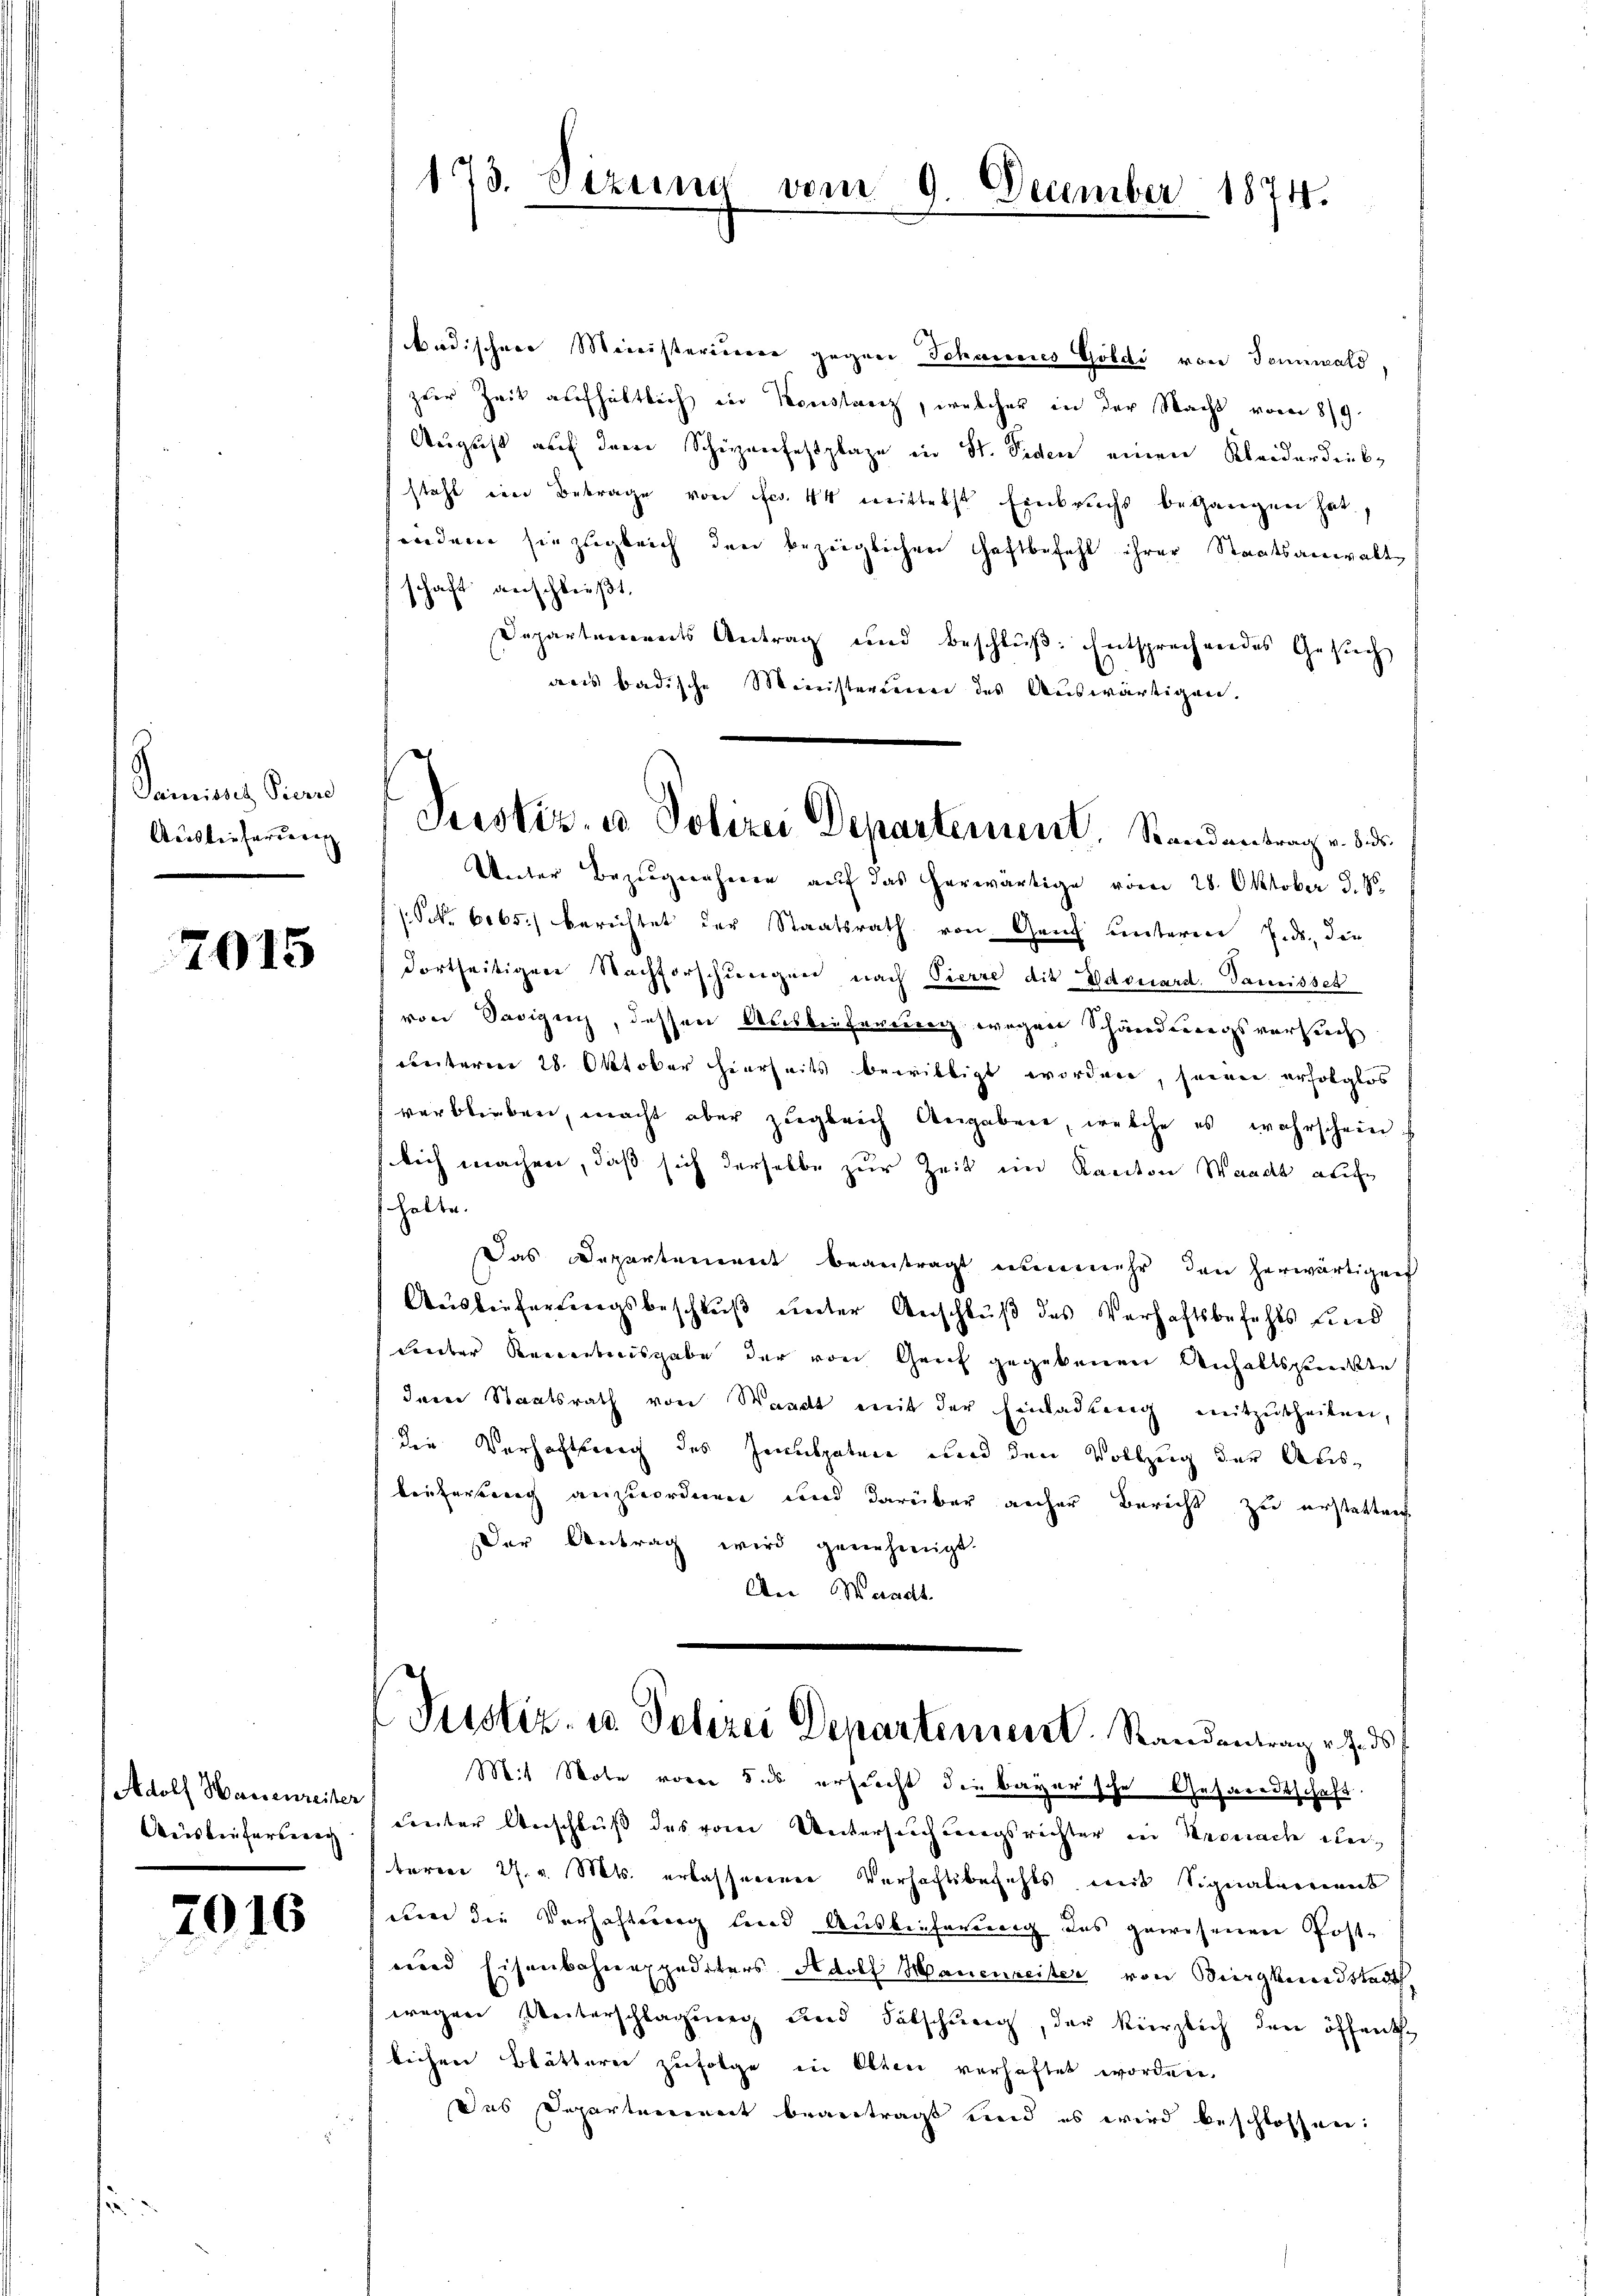
Samisis Picen
Auslieferung

7015

Adolf Wassenreiter
Ausbeiterberech

2016

badischere Ministeriieren gegen Scheures Goldi von Tonnwald,
zer Zeit aufhältlich in Konstanz, welcher in der Nacht vom 8/9.
August auf dem Schienfestplaze in St. Viden einen Kleiderdruksteht eine Betrage von Fr. 44 mittelst Einbruchs begangen hat.
endenen sie zugleich den bezeiglichen Haftbefehl ihrer Staatsanwalt
schaft anschließt,
Departements Antrag und Beschluß: Entsprechendes Gesuch
aus badische Ministerieren des Auswärtigen.
Unter Bezugnahme auf das herwärtige vom 28. Oktober d. M.
(Nr. 6065) berichtet der Staatsrath von Genf unteren Eids, die
dortseitigen Nachforschungen nach Pierre die Edouard. Samissek
von Savigny, dessen Ausliefertrag wegen Schärderungsversuch
rbeiterm 28. Oktober hierseits bewilligt worden, sowie erfolglos
verblieben, macht aber zugleich Angaben, welche es wahrschein
lich machen, daß sich derselbe zur Zeit ein Kanton Wande auf
halte.
Das Departement beantragt nunmehr den herwärtigen
Auslieferungsbeschluß unter Anschluß des Verhaftsbefehls und
Lieder Reverteisgabe der von Genf gegebenen Anhaltspunkte
Ierer Staatsrath von Waadt mit der Einladung mitzutheilen,
die Verhaftung des Zenpaten und den Vollzug der Ausbeicherung anzuordnen und darüber anher Bericht zu erstatten
Der Antrag wird genehmigt.
An Waadt
Justiz, in Polizei Departement. Standentrag v. J. d
Mit Wote vorer das ersucht die bayersche Gesarentschaft.
center Anschluss des vom Untersuchungsrichter in Kernach derteren 27. v. Mts. erlasserenen Verhaftsbefehls mit Signalgeriens
um die Verhaftung und Auslieferung des gewesenen Post-
unnd Eisenbahnexpediters Adolf Manenseiter von Biergkundstadt
wegen Unterschlagung und Fälschung, der kürzlich den öffenth
lichen Blätterei zufolge in Olten verhaftet worden.
Das Departement beantragt und es wird beschlossen:

173. Sizung

vom 9. December 1874.

Justiz- u. Polizei Departement. Randantrag v. 5. ds.